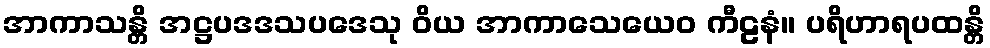
အာကာသန္တိ အဋ္ဌပဒဒသပဒေသု ဝိယ အာကာသေယေဝ ကီဠနံ။ ပရိဟာရပထန္တိ